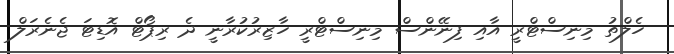
ހެލްތު މިނިސްޓްރީ އާއި ފިނޭންސް މިނިސްޓްރީ ހާޒިރުކުރާނީ ދެ ރިޕޯޓް އޮޑިޓަ ޖެނެރަލް